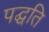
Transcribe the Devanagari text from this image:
पद्घति